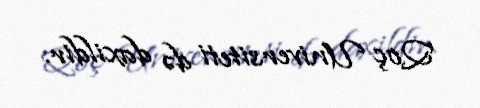
Qoç Universiteti də daxildir.